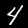
Digit: 4